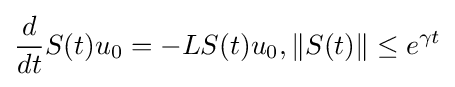
{\frac {d}{dt}}S(t)u_{0}=-LS(t)u_{0},\|S(t)\|\leq e^{\gamma t}